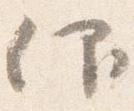
仰